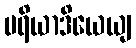
ပရိယာဒိယေယျ